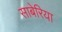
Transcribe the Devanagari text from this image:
साबेरिया